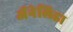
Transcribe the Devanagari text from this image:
ॲनेलिडा